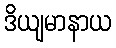
ဒိယျမာနာယ